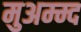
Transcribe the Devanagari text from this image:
मुअम्म्द